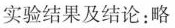
实验结果及结论：略